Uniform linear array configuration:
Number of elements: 8
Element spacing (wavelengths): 1
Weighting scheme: binomial
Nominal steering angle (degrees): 0
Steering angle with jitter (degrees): -1.053
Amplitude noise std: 0.05
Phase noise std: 0.05

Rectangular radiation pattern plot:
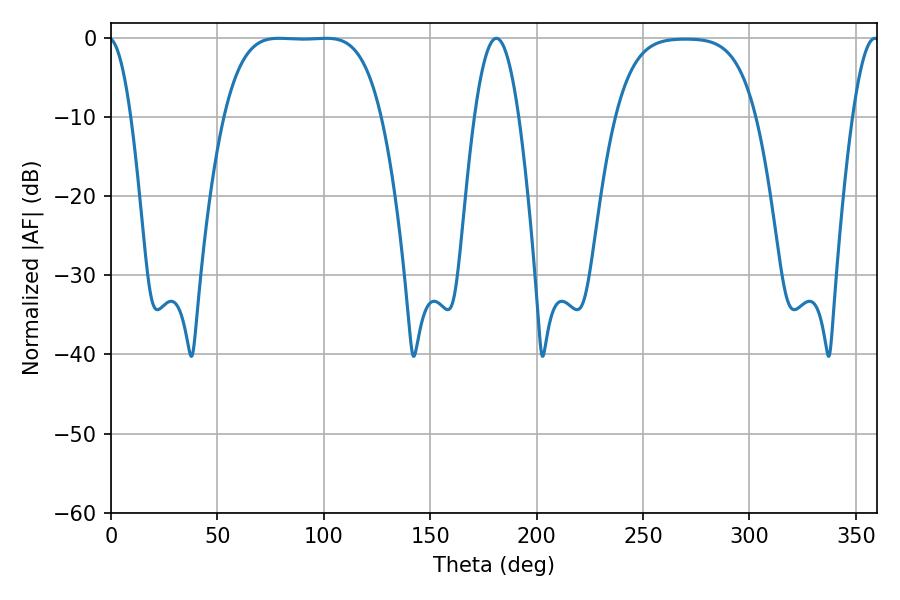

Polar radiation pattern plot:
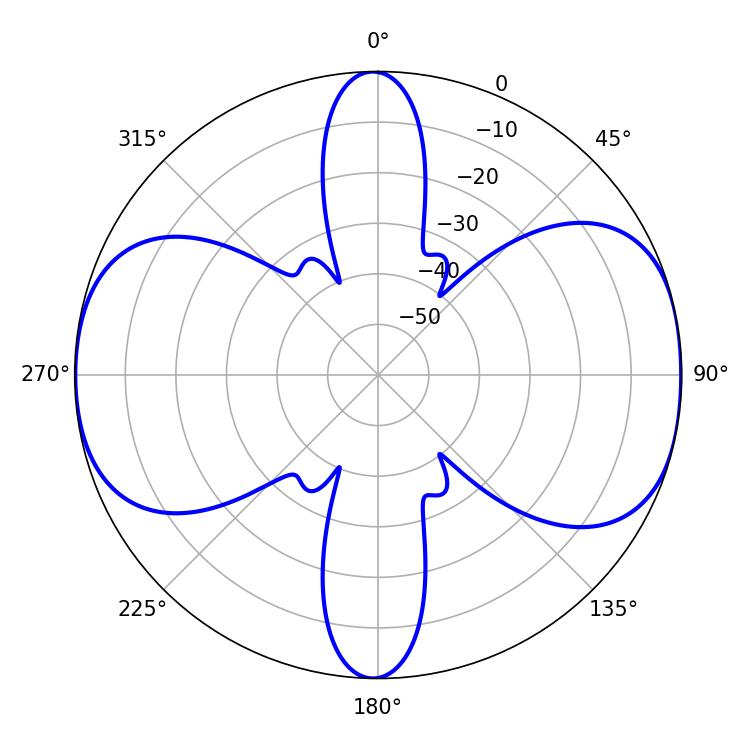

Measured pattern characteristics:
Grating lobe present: TRUE
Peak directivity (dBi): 10.783
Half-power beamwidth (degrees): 11.34
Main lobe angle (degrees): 181.08